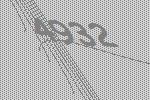
4932